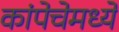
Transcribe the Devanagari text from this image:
कांपेचेमध्ये